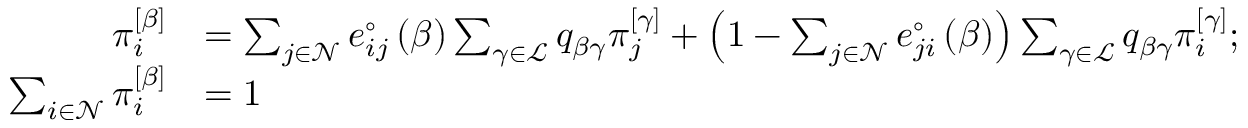
\begin{array} { r l } { \pi _ { i } ^ { \left[ \beta \right] } } & { = \sum _ { j \in \mathcal { N } } e _ { i j } ^ { \circ } \left( \beta \right) \sum _ { \gamma \in \mathcal { L } } q _ { \beta \gamma } \pi _ { j } ^ { \left[ \gamma \right] } + \left( 1 - \sum _ { j \in \mathcal { N } } e _ { j i } ^ { \circ } \left( \beta \right) \right) \sum _ { \gamma \in \mathcal { L } } q _ { \beta \gamma } \pi _ { i } ^ { \left[ \gamma \right] } ; } \\ { \sum _ { i \in \mathcal { N } } \pi _ { i } ^ { \left[ \beta \right] } } & { = 1 } \end{array}